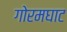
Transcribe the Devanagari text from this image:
गोरमघाट